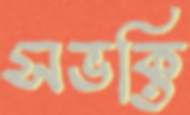
সভক্তি